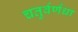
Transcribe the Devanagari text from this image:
चतुर्वर्णधा